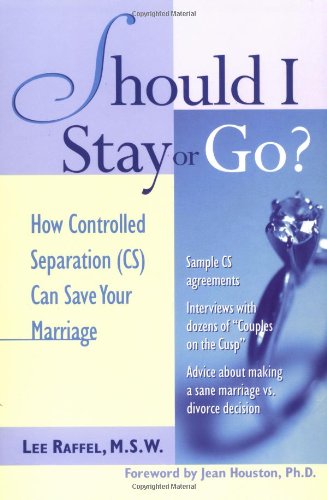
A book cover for Should I Stay Or Go? : How Controlled Separation (CS) Can Save Your Marriage; Lee Raffel; Parenting & Relationships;